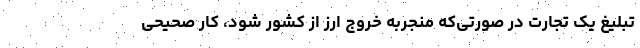
تبلیغ یک تجارت در صورتی‌که منجربه خروج ارز از کشور شود، کار صحیحی